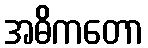
အဓိကတော